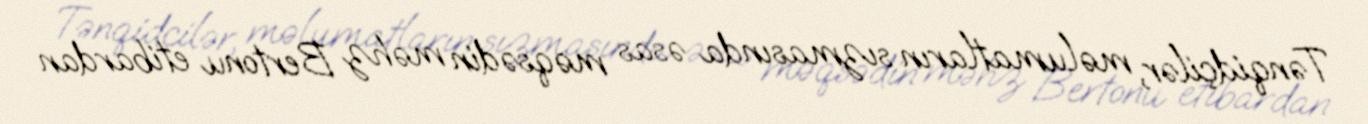
Tənqidçilər, məlumatların sızmasında əsas məqsədin məhz Bertonu etibardan